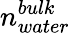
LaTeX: n_{water}^{bulk}